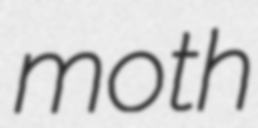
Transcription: moth